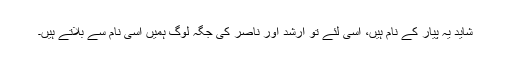
شاید یہ پیار کے نام ہیں، اسی لئے تو ارشد اور ناصر کی جگہ لوگ ہمیں اسی نام سے بلاتے ہیں۔